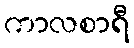
ကာလစာရီ